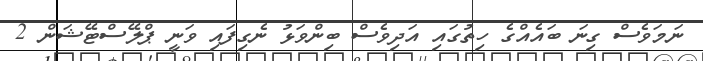
ނަމަވެސް ގިނަ ބައެއްގެ ހިތުގައި އަދިވެސް ބިންވަޅު ނެގިފައި ވަނީ ޕްލޭސްޓޭޝަން 2